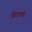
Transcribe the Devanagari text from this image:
विठलाणी